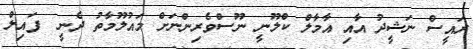
ރައީސް ނަޝީދު އާއި އާމާލް ކްލޫނީ ނޫސްވެރިންނަށް މައުލޫމާތު ދެނީ  ފައިލް